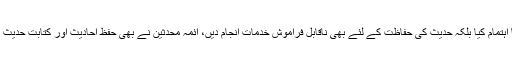
اسی لیے مسلمانوں نے نہ صرف قرآن کی حفاظت کا اہتمام کیا بلکہ حدیث کی حفاظت کے لئے بھی ناقابل فراموش خدمات انجام دیں، ائمہ محدثین نے بھی حفظ احادیث اور کتابت حدیث کےذریعے حفاظت ِحدیث کا عظیم کارنامہ انجام دیا۔